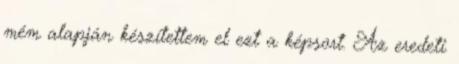
mém alapján készítettem el ezt a képsort. Az eredeti